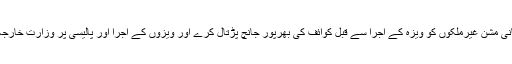
چوہدری نثار نے کہا کہ بیرون ملک پاکستانی مشن غیرملکوں کو ویزہ کے اجرا سے قبل کوائف کی بھرپور جانچ پڑتال کرے اور ویزوں کے اجرا اور پالیسی پر وزارت خارجہ کو بھی پالیسی سازی میں شامل کیا جائے۔